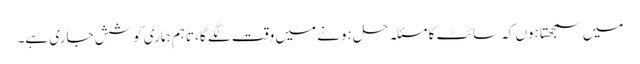
میں سمجھتا ہوں کہ سائٹ کا مسئلہ حل ہونے میں وقت لگے گا، تاہم ہماری کوشش جاری ہے۔